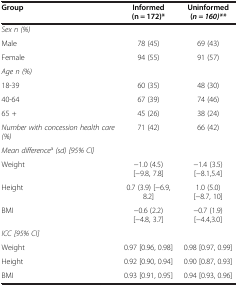
<table><thead><tr><td><b>Group</b></td><td><b>Informed (n = 172)*</b></td><td><b>Uninformed (<i>n = 160)**</i></b></td></tr></thead><tbody><tr><td><i>Sex n (%)</i></td><td> </td><td> </td></tr><tr><td>Male</td><td>78 (45)</td><td>69 (43)</td></tr><tr><td>Female</td><td>94 (55)</td><td>91 (57)</td></tr><tr><td><i>Age n (%)</i></td><td> </td><td> </td></tr><tr><td>18-39</td><td>60 (35)</td><td>48 (30)</td></tr><tr><td>40-64</td><td>67 (39)</td><td>74 (46)</td></tr><tr><td>65 +</td><td>45 (26)</td><td>38 (24)</td></tr><tr><td><i>Number with concession health care (%)</i></td><td>71 (42)</td><td>66 (42)</td></tr><tr><td><i>Mean difference</i><sup>a</sup><i>(sd) [95% CI]</i></td><td> </td><td> </td></tr><tr><td>Weight</td><td>−1.0 (4.5) [−9.8, 7.8]</td><td>−1.4 (3.5) [−8.1,5.4]</td></tr><tr><td>Height</td><td>0.7 (3.9) [−6.9, 8.2]</td><td>1.0 (5.0) [−8.7, 10]</td></tr><tr><td>BMI</td><td>−0.6 (2.2) [−4.8, 3.7]</td><td>−0.7 (1.9) [−4.4,3.0]</td></tr><tr><td><i>ICC [95% CI]</i></td><td> </td><td> </td></tr><tr><td>Weight</td><td>0.97 [0.96, 0.98]</td><td>0.98 [0.97, 0.99]</td></tr><tr><td>Height</td><td>0.92 [0.90, 0.94]</td><td>0.90 [0.87, 0.93]</td></tr><tr><td>BMI</td><td>0.93 [0.91, 0.95]</td><td>0.94 [0.93, 0.96]</td></tr></tbody></table>